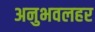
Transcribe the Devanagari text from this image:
अनुभवलहर